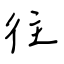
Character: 往